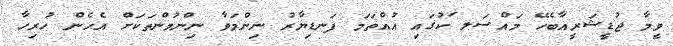
ވީމާ ޖުޑީޝަރީއާބެހޭ މައްސަލ ަކުގައި އުއްތަމަ ފަނޑިޔާރު ނިންމަވާ ނިންމުންތަކަށް އެހެން ހުރިހާ